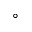
^ \circ